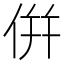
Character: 倂